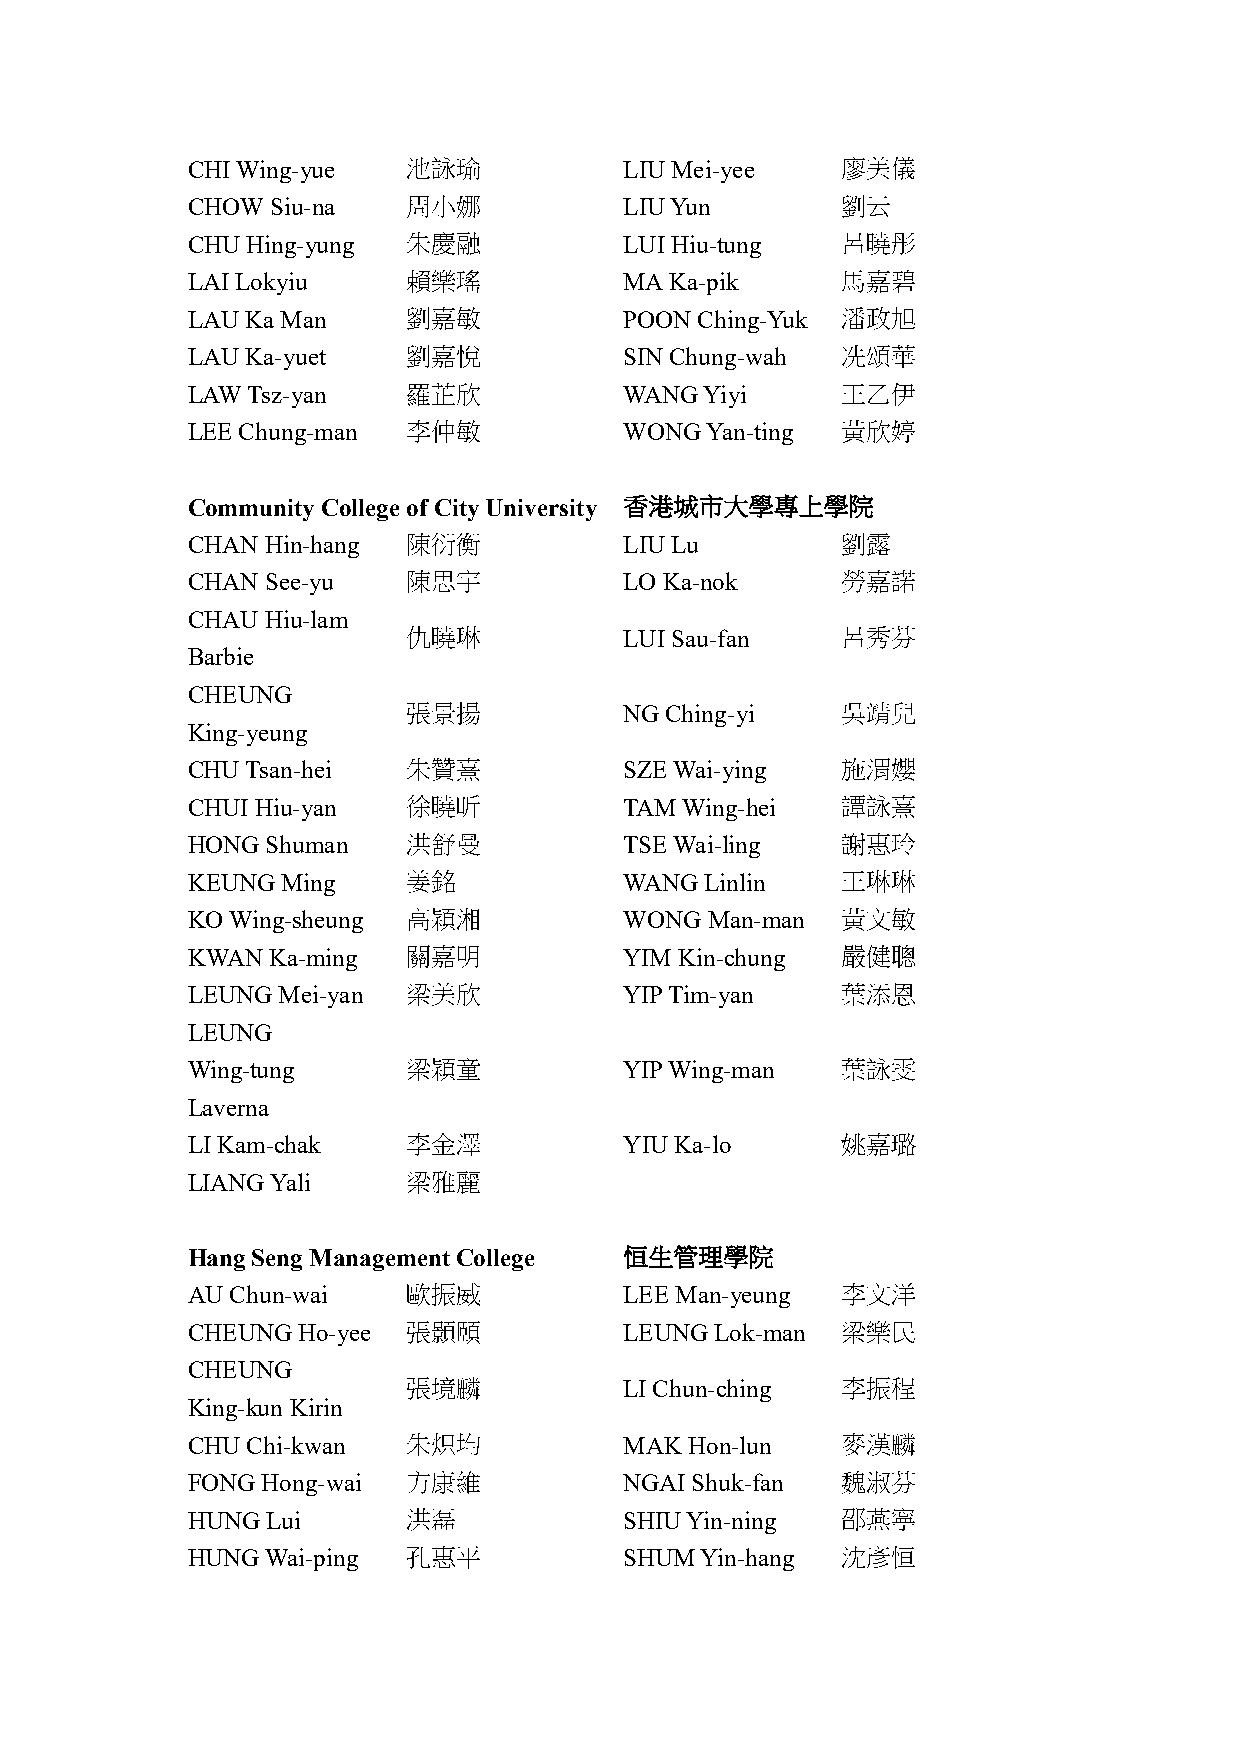
CHI Wing-yue   池詠瑜           LIU Mei-yee    廖美儀
 CHOW  Siu-na   周小娜           LIU Yun        劉云
 CHU Hing-yung  朱慶融           LUI Hiu-tung   呂曉彤
 LAI Lokyiu     賴樂瑤           MA Ka-pik      馬嘉碧
 LAU Ka Man     劉嘉敏           POON Ching-Yuk 潘政旭
 LAU Ka-yuet    劉嘉悅           SIN Chung-wah  冼頌華
 LAW Tsz-yan    羅芷欣           WANG  Yiyi     王乙伊
 LEE Chung-man  李仲敏           WONG  Yan-ting 黃欣婷
 Community College of City University 香港城市大學專上學院
 CHAN  Hin-hang 陳衍衡           LIU Lu         劉露
 CHAN  See-yu   陳思宇           LO Ka-nok      勞嘉諾
 CHAU  Hiu-lam
 仇曉琳           LUI Sau-fan    呂秀芬
 Barbie
 CHEUNG
 張景揚           NG Ching-yi    吳靖兒
 King-yeung
 CHU Tsan-hei   朱贊熹           SZE Wai-ying   施渭孆
 CHUI Hiu-yan   徐曉昕           TAM Wing-hei   譚詠熹
 HONG  Shuman   洪舒曼           TSE Wai-ling   謝惠玲
 KEUNG  Ming    姜銘            WANG  Linlin   王琳琳
 KO Wing-sheung 高穎湘           WONG  Man-man  黃文敏
 KWAN  Ka-ming  關嘉明           YIM Kin-chung  嚴健聰
 LEUNG Mei-yan  梁美欣           YIP Tim-yan    葉添恩
 LEUNG
 Wing-tung      梁穎童           YIP Wing-man   葉詠雯
 Laverna
 LI Kam-chak    李金澤           YIU Ka-lo      姚嘉璐
 LIANG Yali     梁雅麗
 Hang Seng Management College 恒生管理學院
 AU Chun-wai    歐振威           LEE Man-yeung  李文洋
 CHEUNG  Ho-yee 張顥頤           LEUNG Lok-man  梁樂民
 CHEUNG
 張境麟           LI Chun-ching  李振程
 King-kun Kirin
 CHU Chi-kwan   朱炽均           MAK  Hon-lun   麥漢麟
 FONG Hong-wai  方康維           NGAI Shuk-fan  魏淑芬
 HUNG  Lui      洪磊            SHIU Yin-ning  邵燕寧
 HUNG  Wai-ping 孔惠平           SHUM Yin-hang  沈彥恒